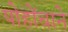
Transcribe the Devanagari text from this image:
पोहोंचाने